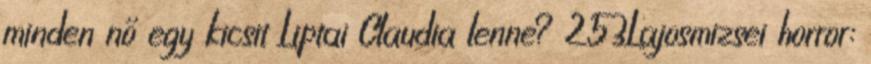
minden nő egy kicsit Liptai Claudia lenne? 253Lajosmizsei horror: